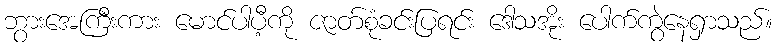
ဘွားအေကြီးကား မောင်ပါပီ့ကို ဇာတ်စုံခင်းပြရင်း ဒေါသအိုး ပေါက်ကွဲနေရှာသည်။